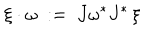
\xi \cdot \omega \ : = \ J \omega ^ { * } J ^ { * } \, \xi